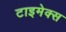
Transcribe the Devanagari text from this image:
टाइमेक्स